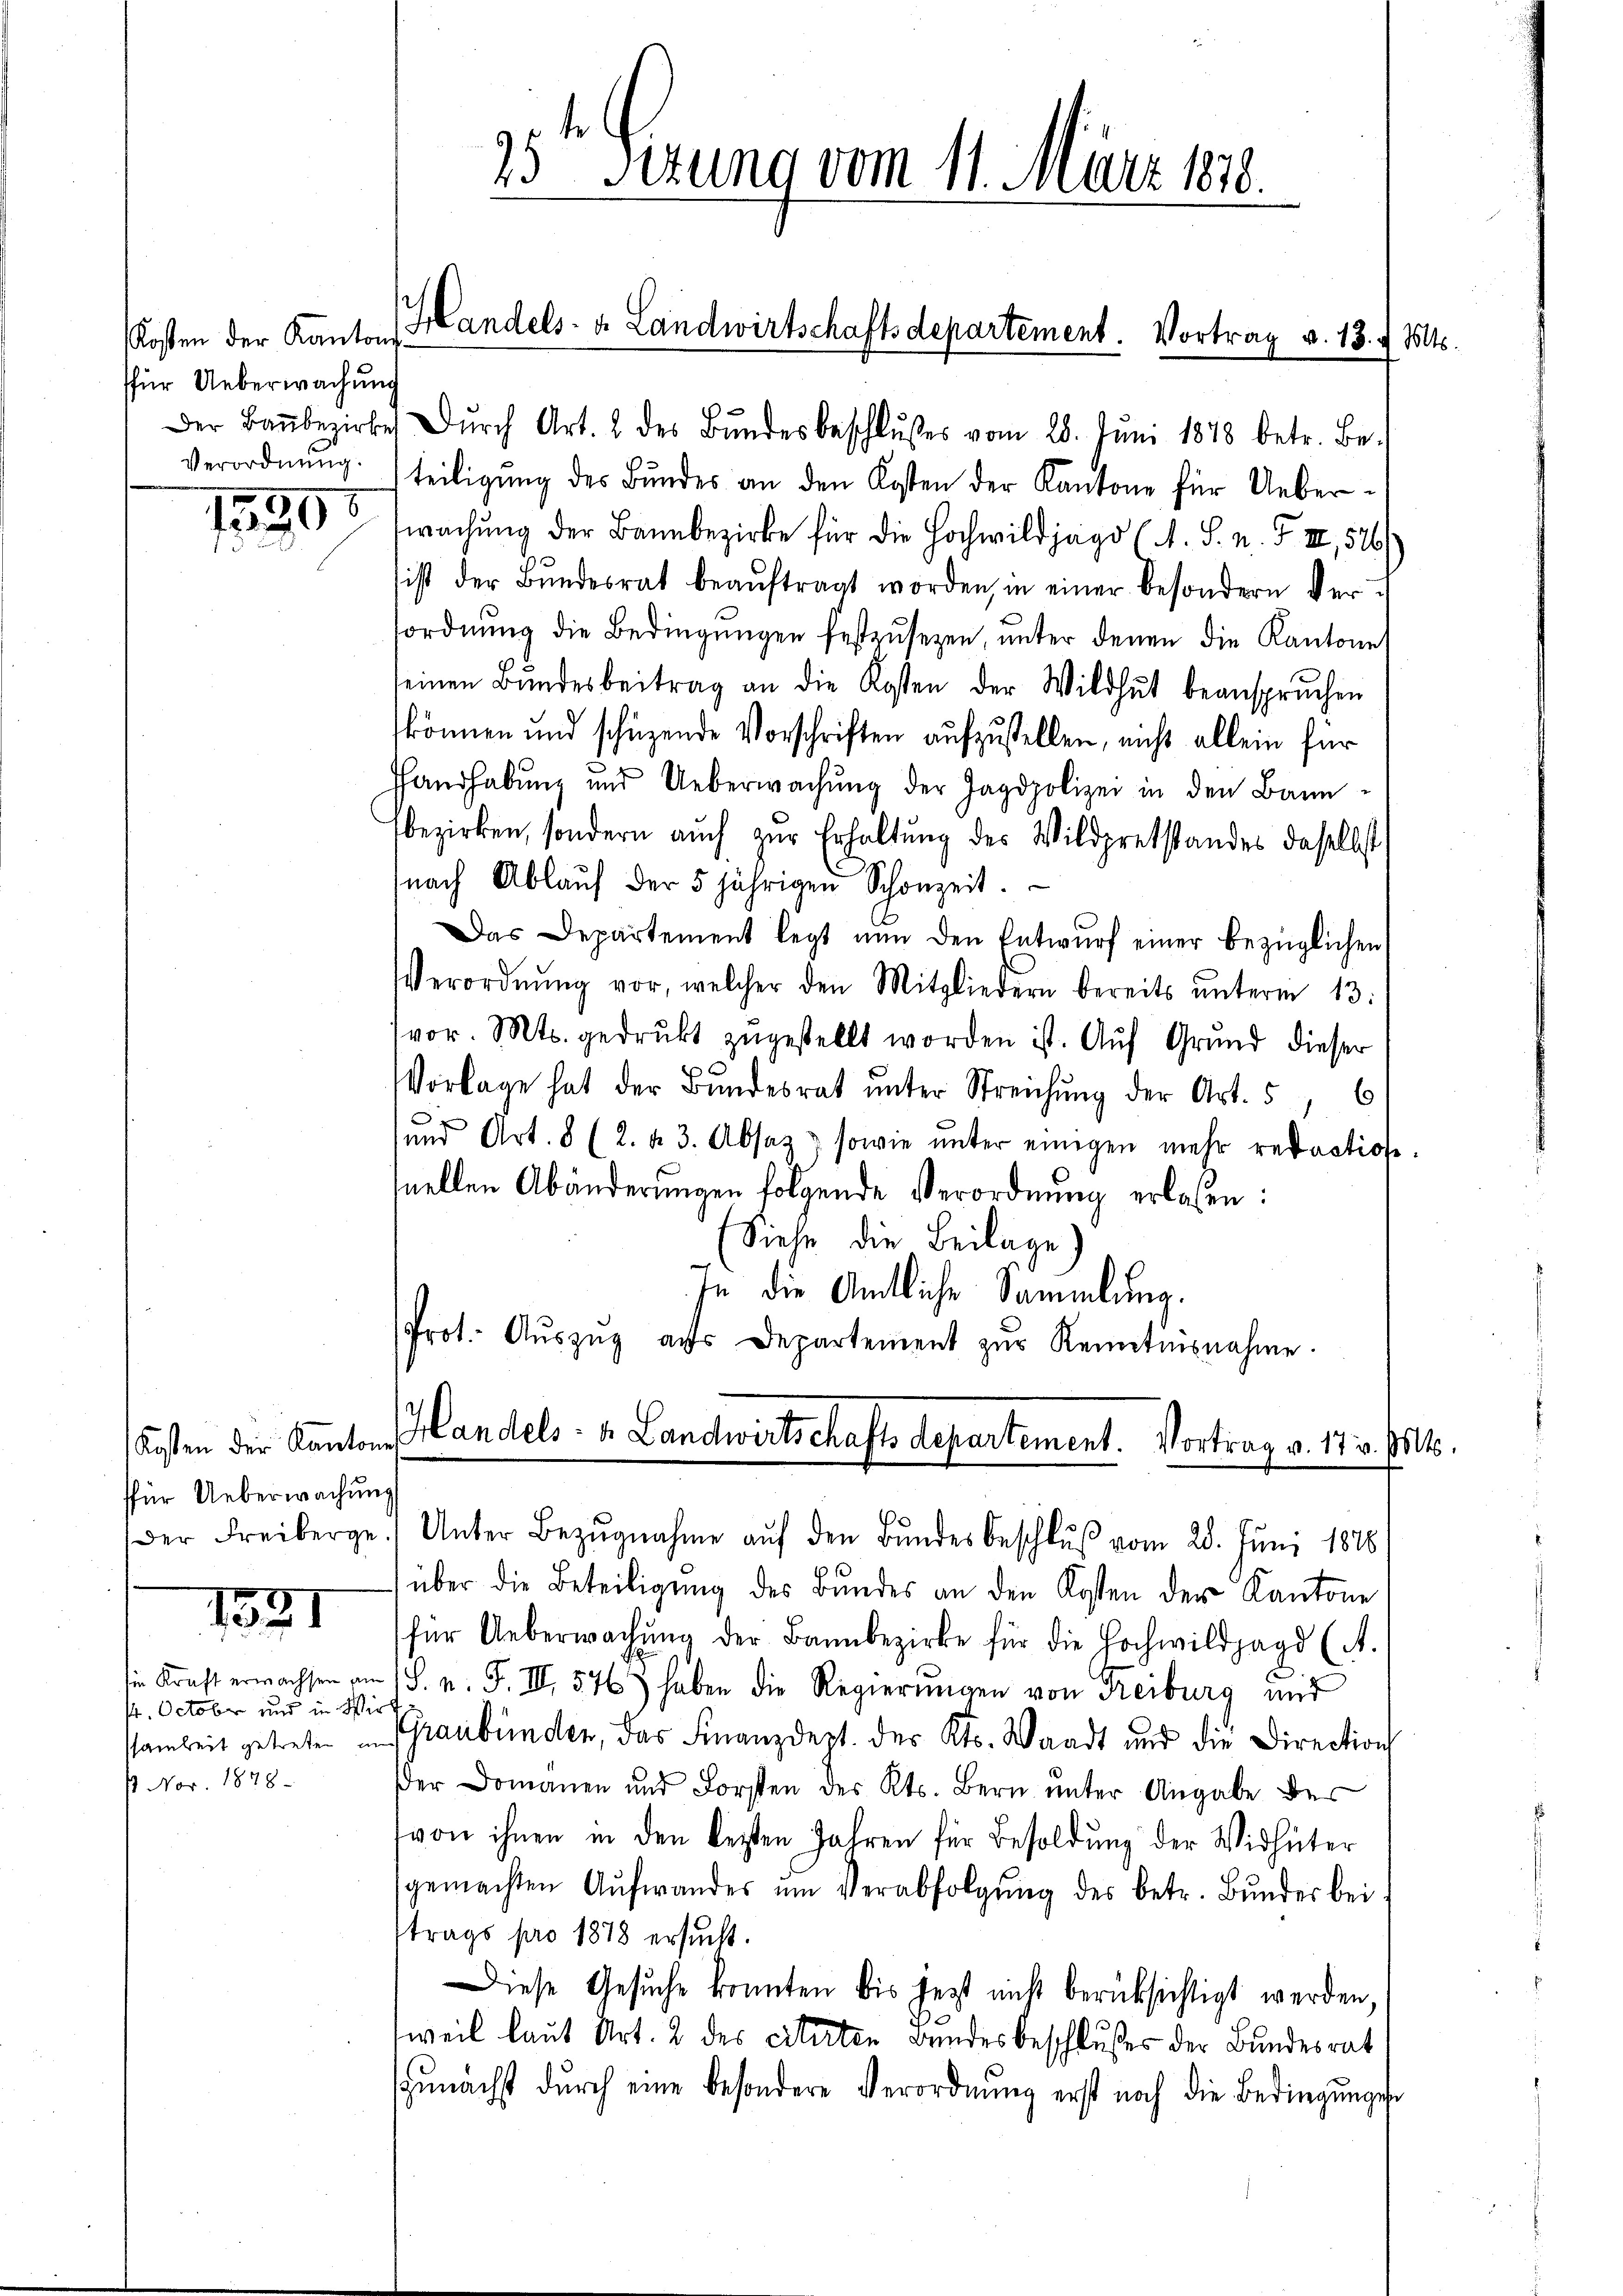
Kosten der Kantons
sfür Ueberwachung

ffür Ueberwachung
Der Freiberge

1531

die Kraft erwachsen ein
/4. October und in Wir
samkeit getreten in
 Nov. 1878.

25te Serung vom 11. März 187.

Handels- & Landwirtschaftsdepartement. Vortrag v. 18. d. Mts

Der Baŭbezirkes dŭrch Art. 2 des Bŭndesbeschlŭsses vom 28. Jŭni 1878 betr. Be-
Verordnung. (teiligŭng des Bŭndes an den Kosten der Kantone für Ueber-
 wachŭng der Bannbezirke für die Hochwildjago (N. S. n. F. II, 500
ist der Bŭndesrat beaŭftragt worden, in einer besondern Versordnung die Bedingungen festzusetzen unter denen die Kantone
seinen Bŭndesbeitrag an die Kosten der Wildhŭt beansprŭchen
können und schüzende Vorschriften aufzustellen, nicht allein für
Handhabung und Ueberwachŭng der Jagdpolizei in den Bannfbezirken, sondern auch zur Erhaltung des Wildpretstandes daselbst
(nach Ablaŭf der 5 jährigen Schonzeit.
Das Departement legt nun den Entwŭrf einer bezüglichen
Verordnŭng vor, welcher den Mitgliedern bereits ŭnterm 13.
(vor. Mts. gedrukt zŭgestellt worden ist. Auf Grund dieser
Vorlage hat der Bŭndesrat ŭnter Streichŭng der Art. 5, 6
e
und Art. 8 (2. u. 3. Absaz, sowie ŭnter einigen mehr redactione
nellen Abänderungen folgende Verordnung erlaßen:
Siehe die Beilage)
In die Amtliche Sammlung.
Prot. Aŭszŭg aŭs Departement zŭr Kenntnisnahme.

Kosten der Kantons Landels- 1. Landwirtschafts Departement. Vortrag v. 17 s. f. 1.

Unter Bezugnahme auf den Bundes Beschluß vom 20. Juni 1878
über die Beteiligŭng des Bundes an den Kosten der Kantone
für Ueberwachŭng der Bannbezirke für die Hochwildjagd (A.
1S. n. F. III 576) haben die Regierungen von Freiburg und
Graubünden, das Finanzdept. der Kts. Waadt und die Direction
der Domanen und Forsten des Kts. Bern unter Angabe der
von ihnen in den lezten Jahren für Besoldung der Widhüter
gemachten Aufwandes ŭm Verabfolgŭng des betr. Bŭndes bei
trags pro 1878 ersucht.
Diese Gesŭche konnten bis jetzt nicht berücksichtigt werden,
weil laut Art. 2 des citirten Bundesbeschlußes der Bundesrat
Zunächst durch eine besondere Verordnung erst noch die Bedingungen